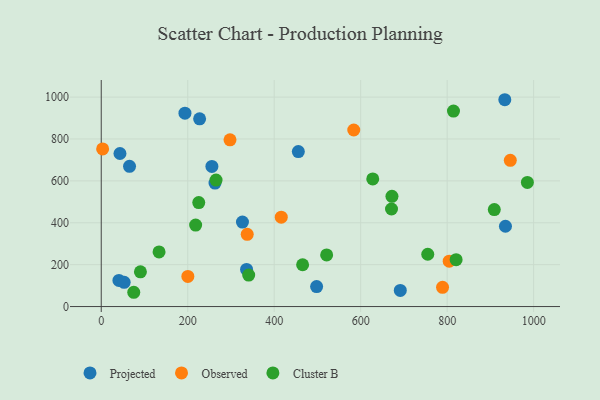
{"axis": {"x": "Distance", "y": "Rating"}, "legend": ["Cluster B", "Observed", "Projected"], "data": [{"x": "336.1", "y": 177.4, "type": "Projected"}, {"x": "691.6", "y": 77.0, "type": "Projected"}, {"x": "40.9", "y": 125.0, "type": "Projected"}, {"x": "65.4", "y": 669.4, "type": "Projected"}, {"x": "193.6", "y": 923.2, "type": "Projected"}, {"x": "53.0", "y": 115.6, "type": "Projected"}, {"x": "326.6", "y": 403.3, "type": "Projected"}, {"x": "263.1", "y": 589.7, "type": "Projected"}, {"x": "255.9", "y": 668.8, "type": "Projected"}, {"x": "43.3", "y": 730.8, "type": "Projected"}, {"x": "498.1", "y": 95.3, "type": "Projected"}, {"x": "227.5", "y": 896.2, "type": "Projected"}, {"x": "933.3", "y": 987.4, "type": "Projected"}, {"x": "934.8", "y": 383.4, "type": "Projected"}, {"x": "455.8", "y": 739.9, "type": "Projected"}, {"x": "946.0", "y": 697.9, "type": "Observed"}, {"x": "789.3", "y": 91.6, "type": "Observed"}, {"x": "337.6", "y": 344.7, "type": "Observed"}, {"x": "200.3", "y": 143.9, "type": "Observed"}, {"x": "3.2", "y": 752.4, "type": "Observed"}, {"x": "804.7", "y": 216.9, "type": "Observed"}, {"x": "584.0", "y": 842.8, "type": "Observed"}, {"x": "416.3", "y": 426.5, "type": "Observed"}, {"x": "297.8", "y": 796.1, "type": "Observed"}, {"x": "341.0", "y": 150.1, "type": "Cluster B"}, {"x": "133.7", "y": 260.9, "type": "Cluster B"}, {"x": "465.7", "y": 199.6, "type": "Cluster B"}, {"x": "671.3", "y": 465.8, "type": "Cluster B"}, {"x": "90.6", "y": 165.7, "type": "Cluster B"}, {"x": "225.5", "y": 496.4, "type": "Cluster B"}, {"x": "755.1", "y": 249.7, "type": "Cluster B"}, {"x": "627.9", "y": 609.1, "type": "Cluster B"}, {"x": "672.3", "y": 526.1, "type": "Cluster B"}, {"x": "820.7", "y": 223.8, "type": "Cluster B"}, {"x": "909.0", "y": 463.1, "type": "Cluster B"}, {"x": "218.3", "y": 388.9, "type": "Cluster B"}, {"x": "985.5", "y": 592.4, "type": "Cluster B"}, {"x": "265.5", "y": 603.6, "type": "Cluster B"}, {"x": "814.6", "y": 933.0, "type": "Cluster B"}, {"x": "521.3", "y": 246.7, "type": "Cluster B"}, {"x": "75.2", "y": 68.2, "type": "Cluster B"}]}